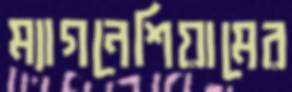
ম্যাগনেশিয়ামের